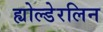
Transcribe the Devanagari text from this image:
ह्योल्डेरलिन